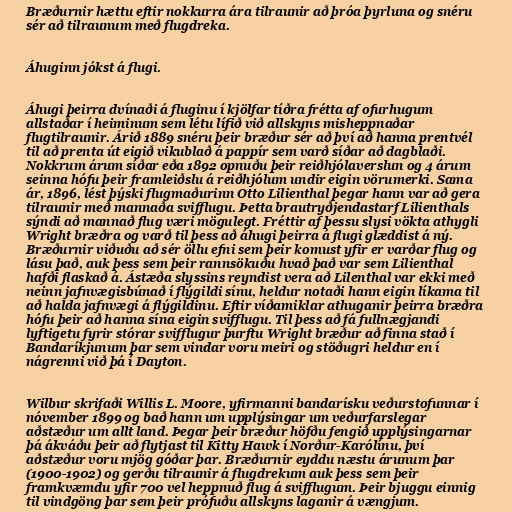
Bræðurnir hættu eftir nokkurra ára tilraunir að þróa þyrluna og snéru
sér að tilraunum með flugdreka.

Áhuginn jókst á flugi.

Áhugi þeirra dvínaði á fluginu í kjölfar tíðra frétta af ofurhugum
allstaðar í heiminum sem létu lífið við allskyns misheppnaðar
flugtilraunir. Árið 1889 snéru þeir bræður sér að því að hanna prentvél
til að prenta út eigið vikublað á pappír sem varð síðar að dagblaði.
Nokkrum árum síðar eða 1892 opnuðu þeir reiðhjólaverslun og 4 árum
seinna hófu þeir framleiðslu á reiðhjólum undir eigin vörumerki. Sama
ár, 1896, lést þýski flugmaðurinn Otto Lilienthal þegar hann var að gera
tilraunir með mannaða svifflugu. Þetta brautryðjendastarf Lilienthals
sýndi að mannað flug væri mögulegt. Fréttir af þessu slysi vökta athygli
Wright bræðra og varð til þess að áhugi þeirra á flugi glæddist á ný.
Bræðurnir viðuðu að sér öllu efni sem þeir komust yfir er varðar flug og
lásu það, auk þess sem þeir rannsökuðu hvað það var sem Lilienthal
hafði flaskað á. Ástæða slyssins reyndist vera að Lilenthal var ekki með
neinn jafnvægisbúnað í flýgildi sínu, heldur notaði hann eigin líkama til
að halda jafnvægi á flýgildinu. Eftir víðamiklar athuganir þeirra bræðra
hófu þeir að hanna sína eigin svifflugu. Til þess að fá fullnægjandi
lyftigetu fyrir stórar svifflugur þurftu Wright bræður að finna stað í
Bandaríkjunum þar sem vindar voru meiri og stöðugri heldur en í
nágrenni við þá í Dayton.

Wilbur skrifaði Willis L. Moore, yfirmanni bandarísku veðurstofunnar í
nóvember 1899 og bað hann um upplýsingar um veðurfarslegar
aðstæður um allt land. Þegar þeir bræður höfðu fengið upplýsingarnar
þá ákváðu þeir að flytjast til Kitty Hawk í Norður-Karólínu, því
aðstæður voru mjög góðar þar. Bræðurnir eyddu næstu árunum þar
(1900-1902) og gerðu tilraunir á flugdrekum auk þess sem þeir
framkvæmdu yfir 700 vel heppnuð flug á svifflugum. Þeir bjuggu einnig
til vindgöng þar sem þeir prófuðu allskyns laganir á vængjum.